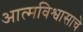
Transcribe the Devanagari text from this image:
आत्मविश्वासाचे